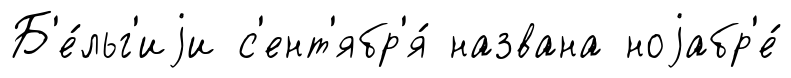
Б'е́льг'иjи с'ент'ябр'я́ названа ноjабр'е́